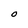
Character: O